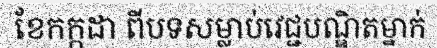
ខែកក្កដា ពីបទសម្លាប់វេជ្ជបណ្ឌិតម្នាក់